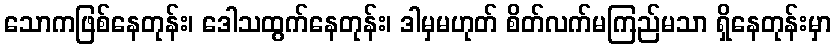
သောကဖြစ်နေတုန်း၊ ဒေါသထွက်နေတုန်း၊ ဒါမှမဟုတ် စိတ်လက်မကြည်မသာ ရှိနေတုန်းမှာ